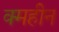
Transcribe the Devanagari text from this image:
क्महीन